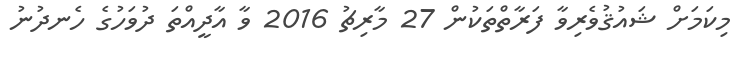
މިކަމަށް ޝައުޤުވެރިވާ ފަރާތްތަކުން 27 މާރިޗު 2016 ވާ އާދީއްތަ ދުވަހުގެ ހެނދުނު